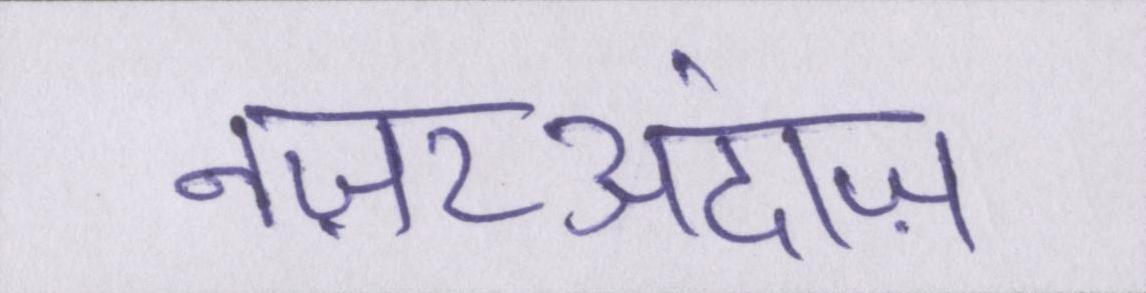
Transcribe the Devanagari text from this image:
नज़रअंदाज़